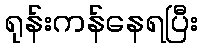
ရုန်းကန်နေရပြီး